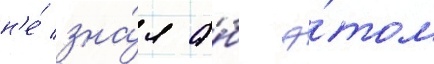
н'е́ зна́л о́б э́том